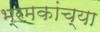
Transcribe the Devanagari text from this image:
भ्रमकांच्या